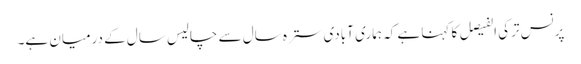
پرنس ترکی الفیصل کا کہنا ہے کہ ہماری آبادی سترہ سال سے چالیس سال کے درمیان ہے۔